Newspaper: The Scranton tribune. [volume]
Place of publication: Scranton, Pa.
Publisher: Tribune Pub. Co.
Date: 1900-08-14 00:00:00
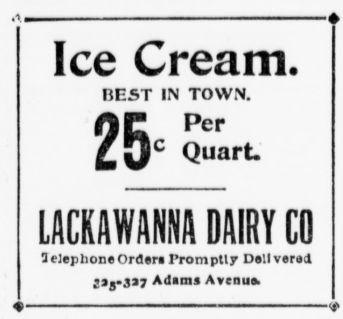
Advertisement text (OCR):
Ice Cream. BEST IN TOWN. Per c Quart LACKAWANNA DAIRY CO lelephoneOrderi Promptly Delivered 23g3i7 Adams Avenue.
Label: text-only